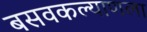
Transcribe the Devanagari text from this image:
बसवकल्याणला